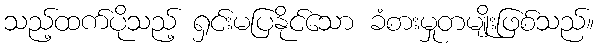
သည့်ထက်ပိုသည့် ရှင်းမပြနိုင်သော ခံစားမှုတမျိုးဖြစ်သည်။